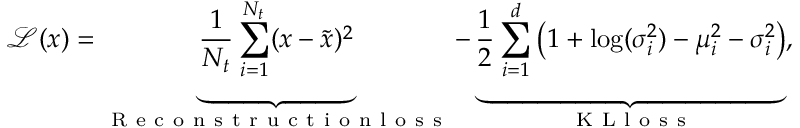
\mathcal { L } ( \boldsymbol { x } ) = \underbrace { \frac { 1 } { N _ { t } } \sum _ { i = 1 } ^ { N _ { t } } ( \boldsymbol { x } - \tilde { \boldsymbol { x } } ) ^ { 2 } } _ { \mathrm { ~ R ~ e ~ c ~ o ~ n ~ s ~ t ~ r ~ u ~ c ~ t ~ i ~ o ~ n ~ l ~ o ~ s ~ s ~ } } - \underbrace { \frac { 1 } { 2 } \sum _ { i = 1 } ^ { d } \big ( 1 + \log ( \sigma _ { i } ^ { 2 } ) - \mu _ { i } ^ { 2 } - \sigma _ { i } ^ { 2 } \big ) } _ { \mathrm { ~ K ~ L ~ l ~ o ~ s ~ s ~ } } ,